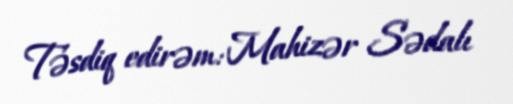
Təsdiq edirəm: Mahizər Sədalı